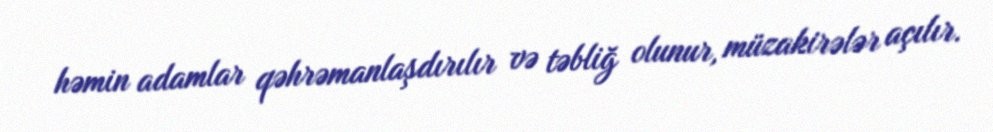
həmin adamlar qəhrəmanlaşdırılır və təbliğ olunur, müzakirələr açılır.